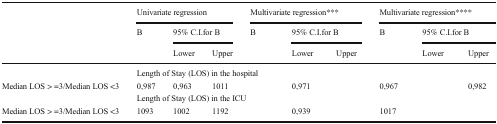
<table><thead><tr><td rowspan="3">[EMPTY_CELL]</td><td colspan="3"><b>Univariate regression</b></td><td colspan="3"><b>Multivariate regression***</b></td><td colspan="3"><b>Multivariate regression****</b></td></tr><tr><td rowspan="2"><b>B</b></td><td colspan="2"><b>95% C.I.for B</b></td><td rowspan="2"><b>B</b></td><td colspan="2"><b>95% C.I.for B</b></td><td rowspan="2"><b>B</b></td><td colspan="2"><b>95% C.I.for B</b></td></tr><tr><td><b>Lower</b></td><td><b>Upper</b></td><td><b>Lower</b></td><td><b>Upper</b></td><td><b>Lower</b></td><td><b>Upper</b></td></tr></thead><tbody><tr><td>[EMPTY_CELL]</td><td colspan="9">Length of Stay (LOS) in the hospital</td></tr><tr><td>Median LOS &gt; =3/Median LOS &lt;3</td><td>0,987</td><td>0,963</td><td>1011</td><td>[EMPTY_CELL]</td><td>0,971</td><td>[EMPTY_CELL]</td><td>0,967</td><td>[EMPTY_CELL]</td><td>0,982</td></tr><tr><td>[EMPTY_CELL]</td><td colspan="9">Length of Stay (LOS) in the ICU</td></tr><tr><td>Median LOS &gt; =3/Median LOS &lt;3</td><td>1093</td><td>1002</td><td>1192</td><td>[EMPTY_CELL]</td><td>0,939</td><td>[EMPTY_CELL]</td><td>1017</td><td>[EMPTY_CELL]</td><td>[EMPTY_CELL]</td></tr></tbody></table>